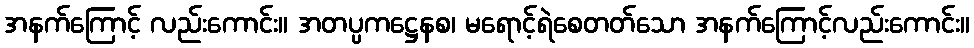
အနက်ကြောင့် လည်းကောင်း။ အတပ္ပကဋ္ဌေနစ၊ မရောင့်ရဲစေတတ်သော အနက်ကြောင့်လည်းကောင်း။